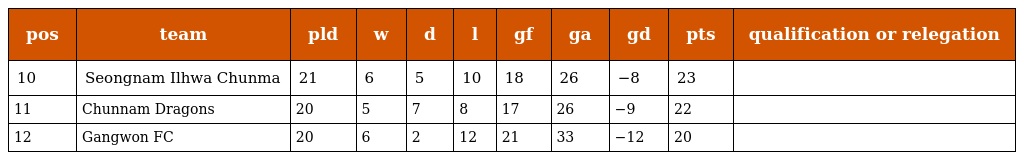
| pos | team | pld | w | d | l | gf | ga | gd | pts | qualification or relegation |
 | --- | --- | --- | --- | --- | --- | --- | --- | --- | --- | --- |
 | 10 | Seongnam Ilhwa Chunma | 21 | 6 | 5 | 10 | 18 | 26 | −8 | 23 |  |
 | 11 | Chunnam Dragons | 20 | 5 | 7 | 8 | 17 | 26 | −9 | 22 |  |
 | 12 | Gangwon FC | 20 | 6 | 2 | 12 | 21 | 33 | −12 | 20 |  |